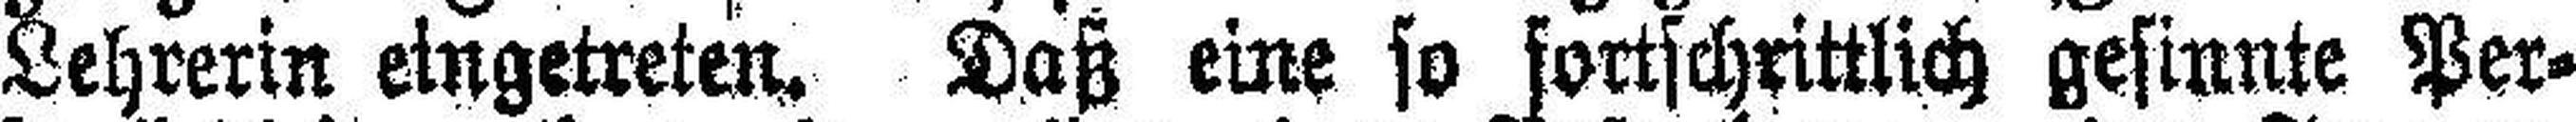
Lehrerin eingetreten. Daß eine so fortschrittlich gesinnte Per¬